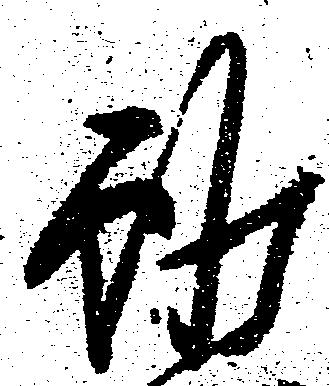
雖